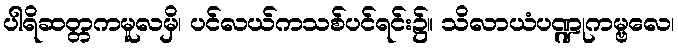
ပါရိဆတ္တကမူလမှိ၊ ပင်လယ်ကသစ်ပင်ရင်း၌။ သိလာယံပဏ္ဍုကမ္ဗလေ၊